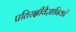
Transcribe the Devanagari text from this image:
प्रतिरक्षीवैज्ञानिकों